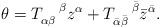
LaTeX: \begin{align*}\theta = T_{\alpha\beta}^{\quad\beta} z^\alpha + T_{\bar\alpha\bar\beta}^{\quad\bar\beta} \bar{z}^{\bar\alpha}.\end{align*}